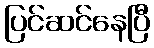
ပြင်ဆင်နေပြီ